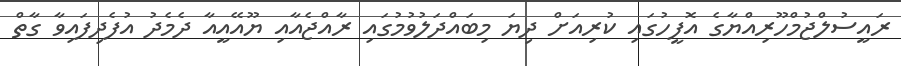
ރައީސުލްޖުމްހޫރިއްޔާގެ އޮފީހުގައި ކުރިއަށް ދިޔަ މިބައްދަލުވުމުގައި ރާއްޖެއާއި ޔޫއޭއީއާ ދެމެދު އުފެދިފައިވާ ގާތް